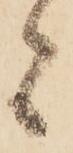
者